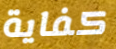
كفاية